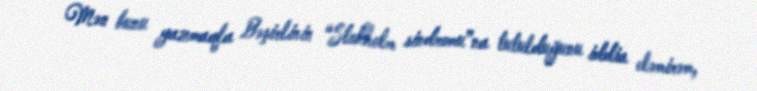
Mən bunu yazmaqla Bəşirlinin “Stokholm sindromu”na tutulduğunu iddia eləmirəm,